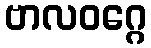
ဗာလဝဂ္ဂေ